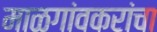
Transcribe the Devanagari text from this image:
माळगांवकरांचा